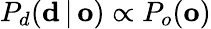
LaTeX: P_{d}(\mathbf{d}\, |\, \mathbf{o})\propto P_{o}(\mathbf{o})